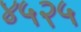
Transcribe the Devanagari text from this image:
४५२५